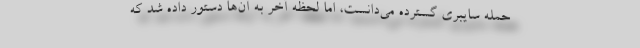
حمله سایبری گسترده می‌دانست، اما لحظه آخر به آن‌ها دستور داده شد که